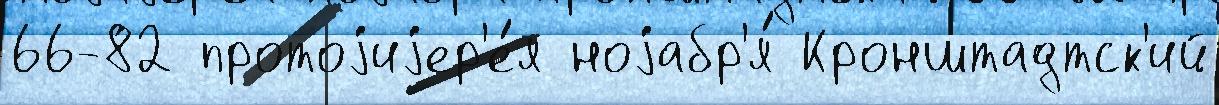
66-82 протоjиjер'е́я ноjабр'я́ Кронштадтск'ий